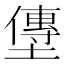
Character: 𫮯